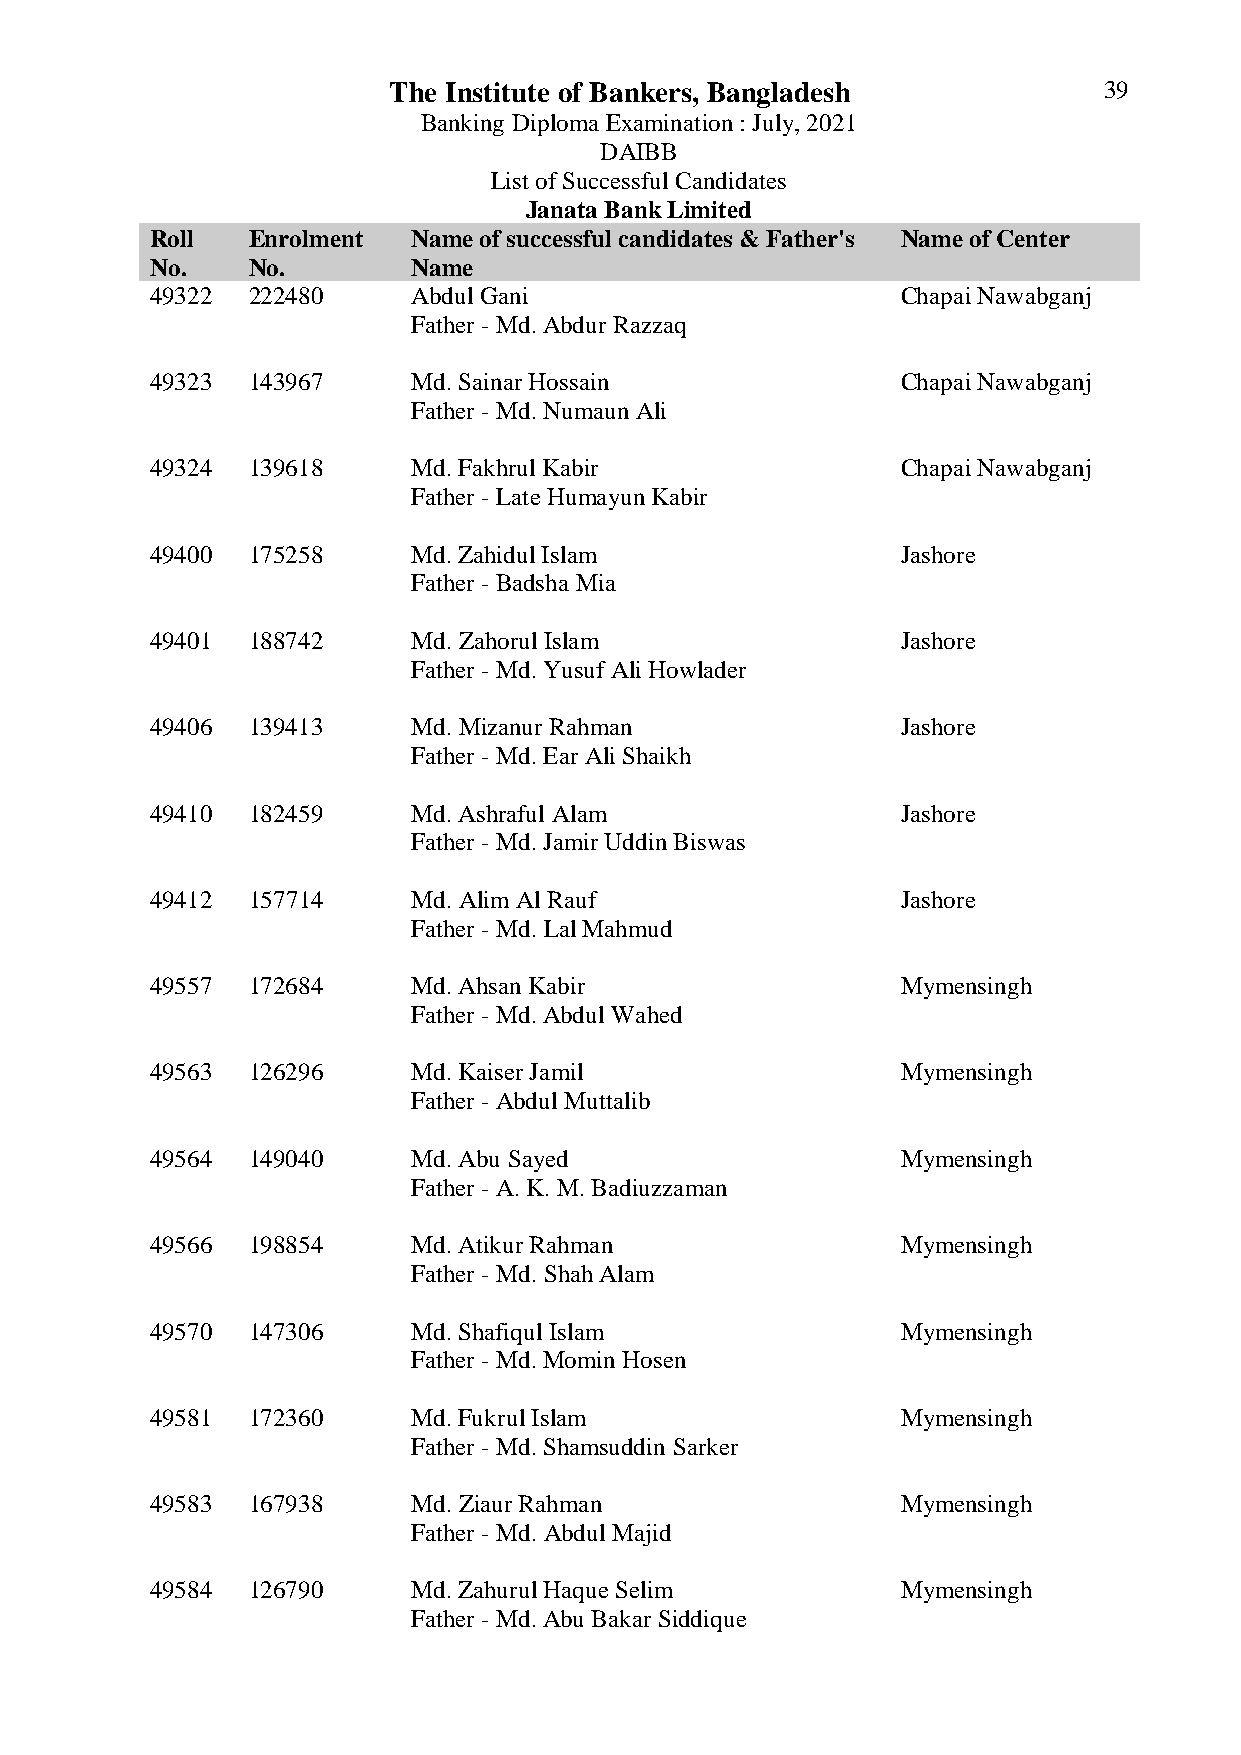
The Institute of Bankers, Bangladesh           39
 Banking Diploma Examination : July, 2021
 DAIBB
 List of Successful Candidates
 Janata Bank Limited
 Roll  Enrolment  Name of successful candidates & Father's Name of Center
 No.   No.        Name
 49322 222480     Abdul Gani                       Chapai Nawabganj
 Father - Md. Abdur Razzaq
 49323 143967     Md. Sainar Hossain               Chapai Nawabganj
 Father - Md. Numaun Ali
 49324 139618     Md. Fakhrul Kabir                Chapai Nawabganj
 Father - Late Humayun Kabir
 49400 175258     Md. Zahidul Islam                Jashore
 Father - Badsha Mia
 49401 188742     Md. Zahorul Islam                Jashore
 Father - Md. Yusuf Ali Howlader
 49406 139413     Md. Mizanur Rahman               Jashore
 Father - Md. Ear Ali Shaikh
 49410 182459     Md. Ashraful Alam                Jashore
 Father - Md. Jamir Uddin Biswas
 49412 157714     Md. Alim Al Rauf                 Jashore
 Father - Md. Lal Mahmud
 49557 172684     Md. Ahsan Kabir                  Mymensingh
 Father - Md. Abdul Wahed
 49563 126296     Md. Kaiser Jamil                 Mymensingh
 Father - Abdul Muttalib
 49564 149040     Md. Abu Sayed                    Mymensingh
 Father - A. K. M. Badiuzzaman
 49566 198854     Md. Atikur Rahman                Mymensingh
 Father - Md. Shah Alam
 49570 147306     Md. Shafiqul Islam               Mymensingh
 Father - Md. Momin Hosen
 49581 172360     Md. Fukrul Islam                 Mymensingh
 Father - Md. Shamsuddin Sarker
 49583 167938     Md. Ziaur Rahman                 Mymensingh
 Father - Md. Abdul Majid
 49584 126790     Md. Zahurul Haque Selim          Mymensingh
 Father - Md. Abu Bakar Siddique